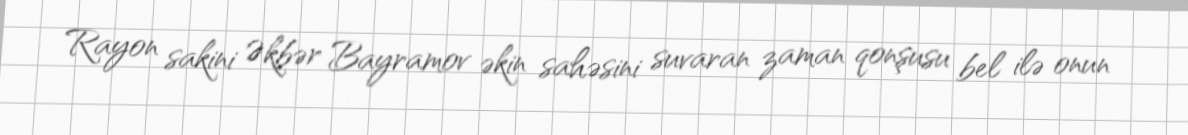
Rayon sakini Əkbər Bayramov əkin sahəsini suvaran zaman qonşusu bel ilə onun